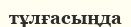
тұлғасыңда